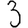
Digit: 3